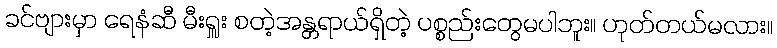
ခင်ဗျားမှာ ရေနံဆီ မီးရှူး စတဲ့အန္တရာယ်ရှိတဲ့ ပစ္စည်းတွေမပါဘူး။ ဟုတ်တယ်မလား။